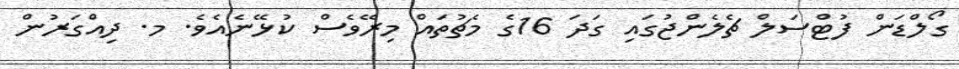
ގޯލްޑަން ފުޓްސަލް ޗެލެންޖުގައި ގަދަ 16ގެ މެޗުތައް މިރޭވެސް ކުޅޭނެއެވެ. މ. ދިއްގަރުން